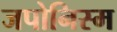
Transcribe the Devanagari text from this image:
जपोनिस्म